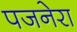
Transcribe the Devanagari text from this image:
पजनेरा